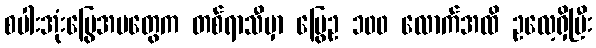
စပါးအုံးမြွေအမတွေက တစ်ရာသီမှာ မြွေဥ ၁၀၀ လောက်အထိ ဥလေ့ရှိပြီး